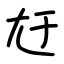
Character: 㝼